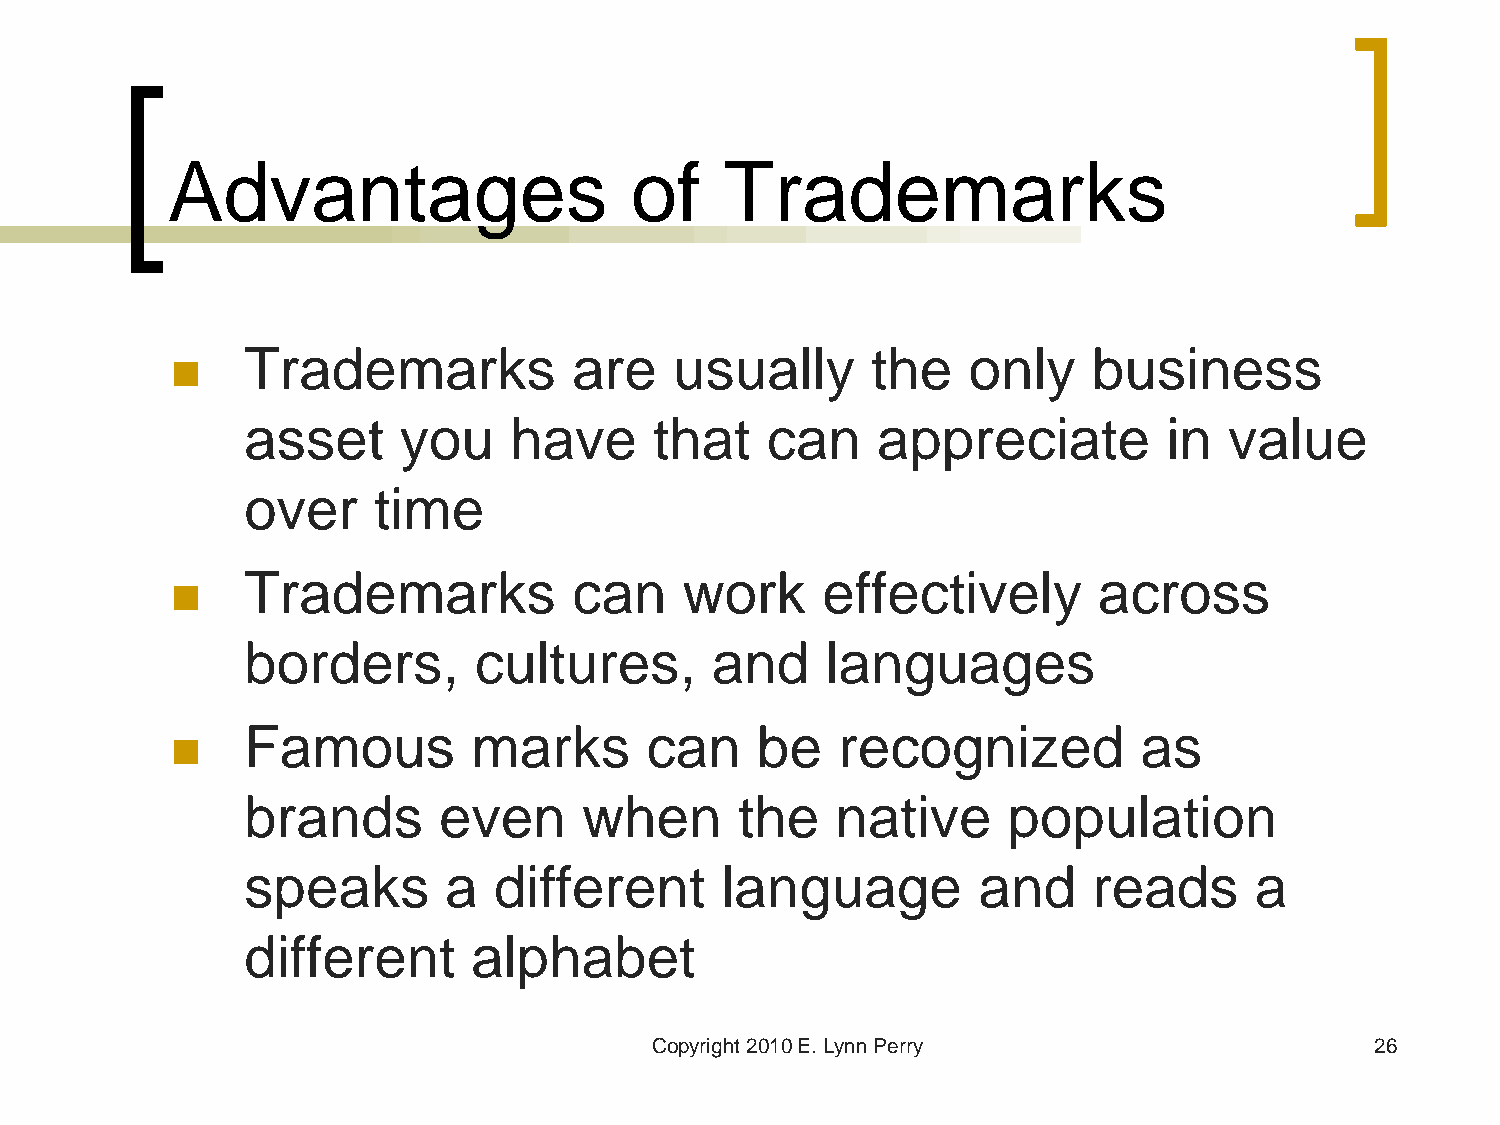
Advantages                     of    Trademarks
 Trademarks            are    usually      the   only    business
 
 asset     you     have     that    can    appreciate         in  value
 over     time
 Trademarks            can    work     effectively        across
 
 borders,       cultures,       and     languages
 Famous         marks       can    be   recognized           as
 
 brands       even      when      the   native      population
 speaks       a   different      language         and    reads      a
 different      alphabet
 Copyright 2010 E. Lynn Perry                    26